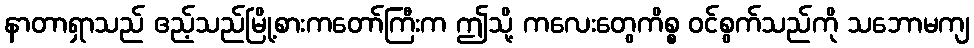
နာတာရှာသည် ဧည့်သည်မြို့စားကတော်ကြီးက ဤသို့ ကလေးတွေကိစ္စ ဝင်စွက်သည်ကို သဘောမကျ